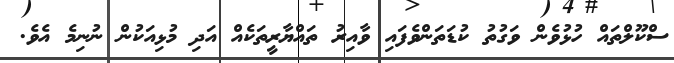
ސްކޫލްތައް ހުޅުވެން ވަގުތު ކުޑަތަންވެފައި ވާއިރު ތައްޔާރީތަކެއް އަދި މުޅިއަކުން ނުނިމެ އެވެ.